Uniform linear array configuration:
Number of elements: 4
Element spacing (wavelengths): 0.25
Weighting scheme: kaiser
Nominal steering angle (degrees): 30
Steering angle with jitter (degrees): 28.98
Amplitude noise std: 0.05
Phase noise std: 0.05

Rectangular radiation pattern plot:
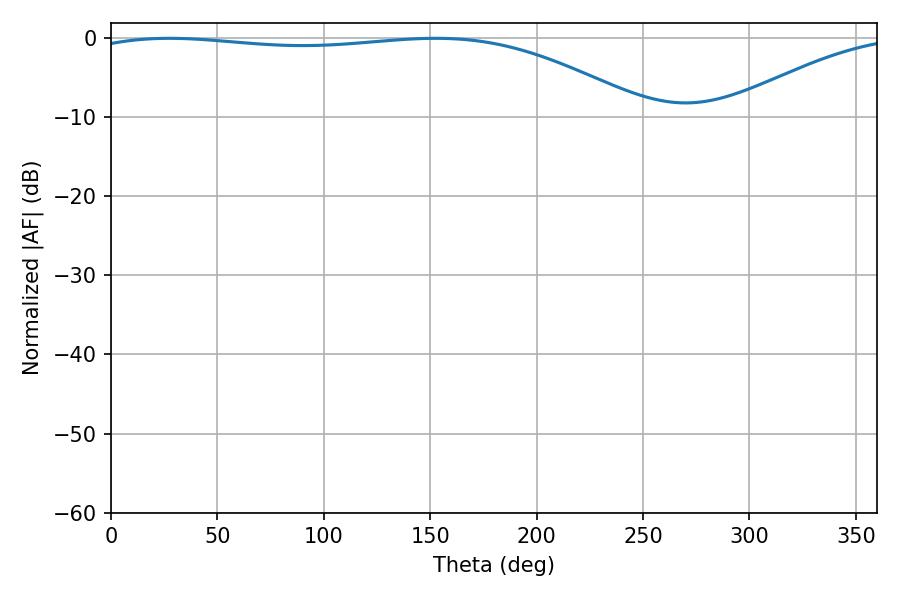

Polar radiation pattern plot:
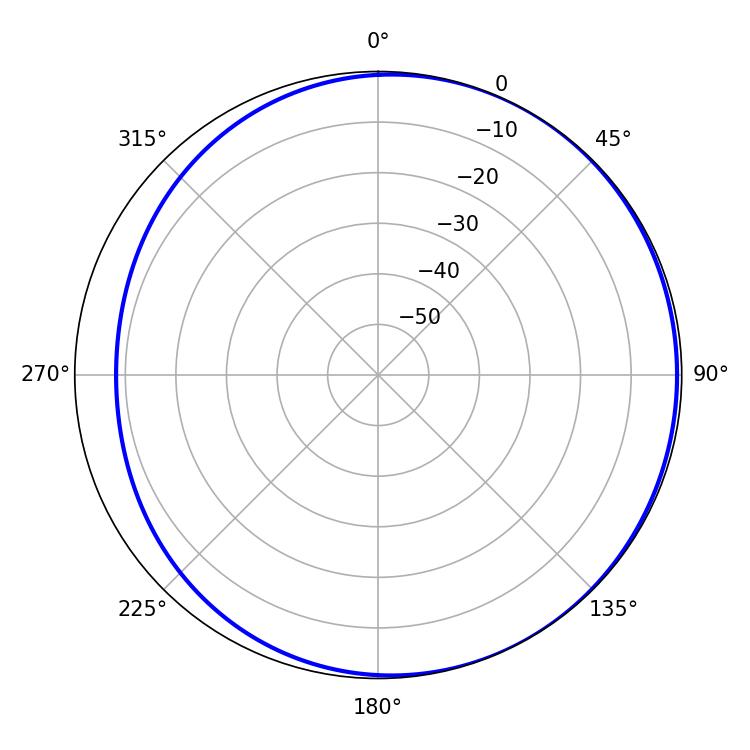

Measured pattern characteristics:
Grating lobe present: FALSE
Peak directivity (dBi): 2.208
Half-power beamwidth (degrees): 209.7
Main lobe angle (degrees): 27.36